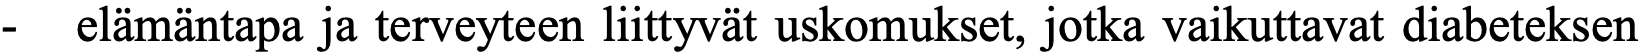
-  elämäntapa ja terveyteen liittyvät uskomukset, jotka vaikuttavat diabeteksen